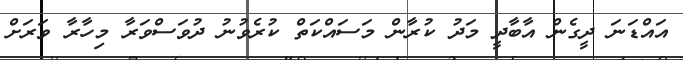
އައްޑަނަ ދީގެން އާބާދީ މަދު ކުރާން މަސައްކަތް ކުރެވުނު ދުވަސްވަރާ މިހާރާ ވަރަށް